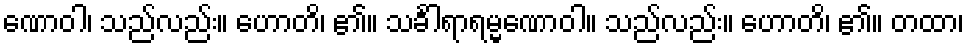
ဏောဝါ၊ သည်လည်း။ ဟောတိ၊ ၏။ သင်္ခါရာရမ္မဏောဝါ။ သည်လည်း။ ဟောတိ၊ ၏။ တထာ၊